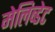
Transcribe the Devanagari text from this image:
मेलिब्डेट